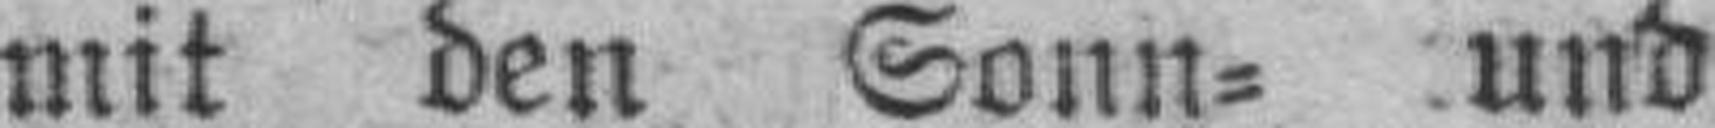
mit den Sonn= und